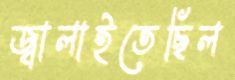
জ্বালাইতেছিল